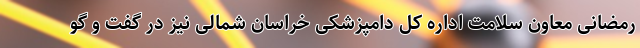
رمضانی معاون سلامت اداره کل دامپزشکی خراسان شمالی نیز در گفت و گو